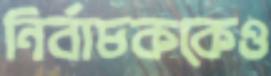
নির্বাচককেও